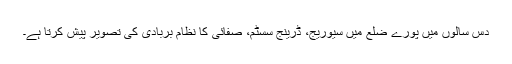
دس سالوں میں پورے ضلع میں سیوریج، ڈرینج سسٹم، صفائی کا نظام بربادی کی تصویر پیش کرتا ہے۔